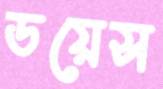
ডয়েস